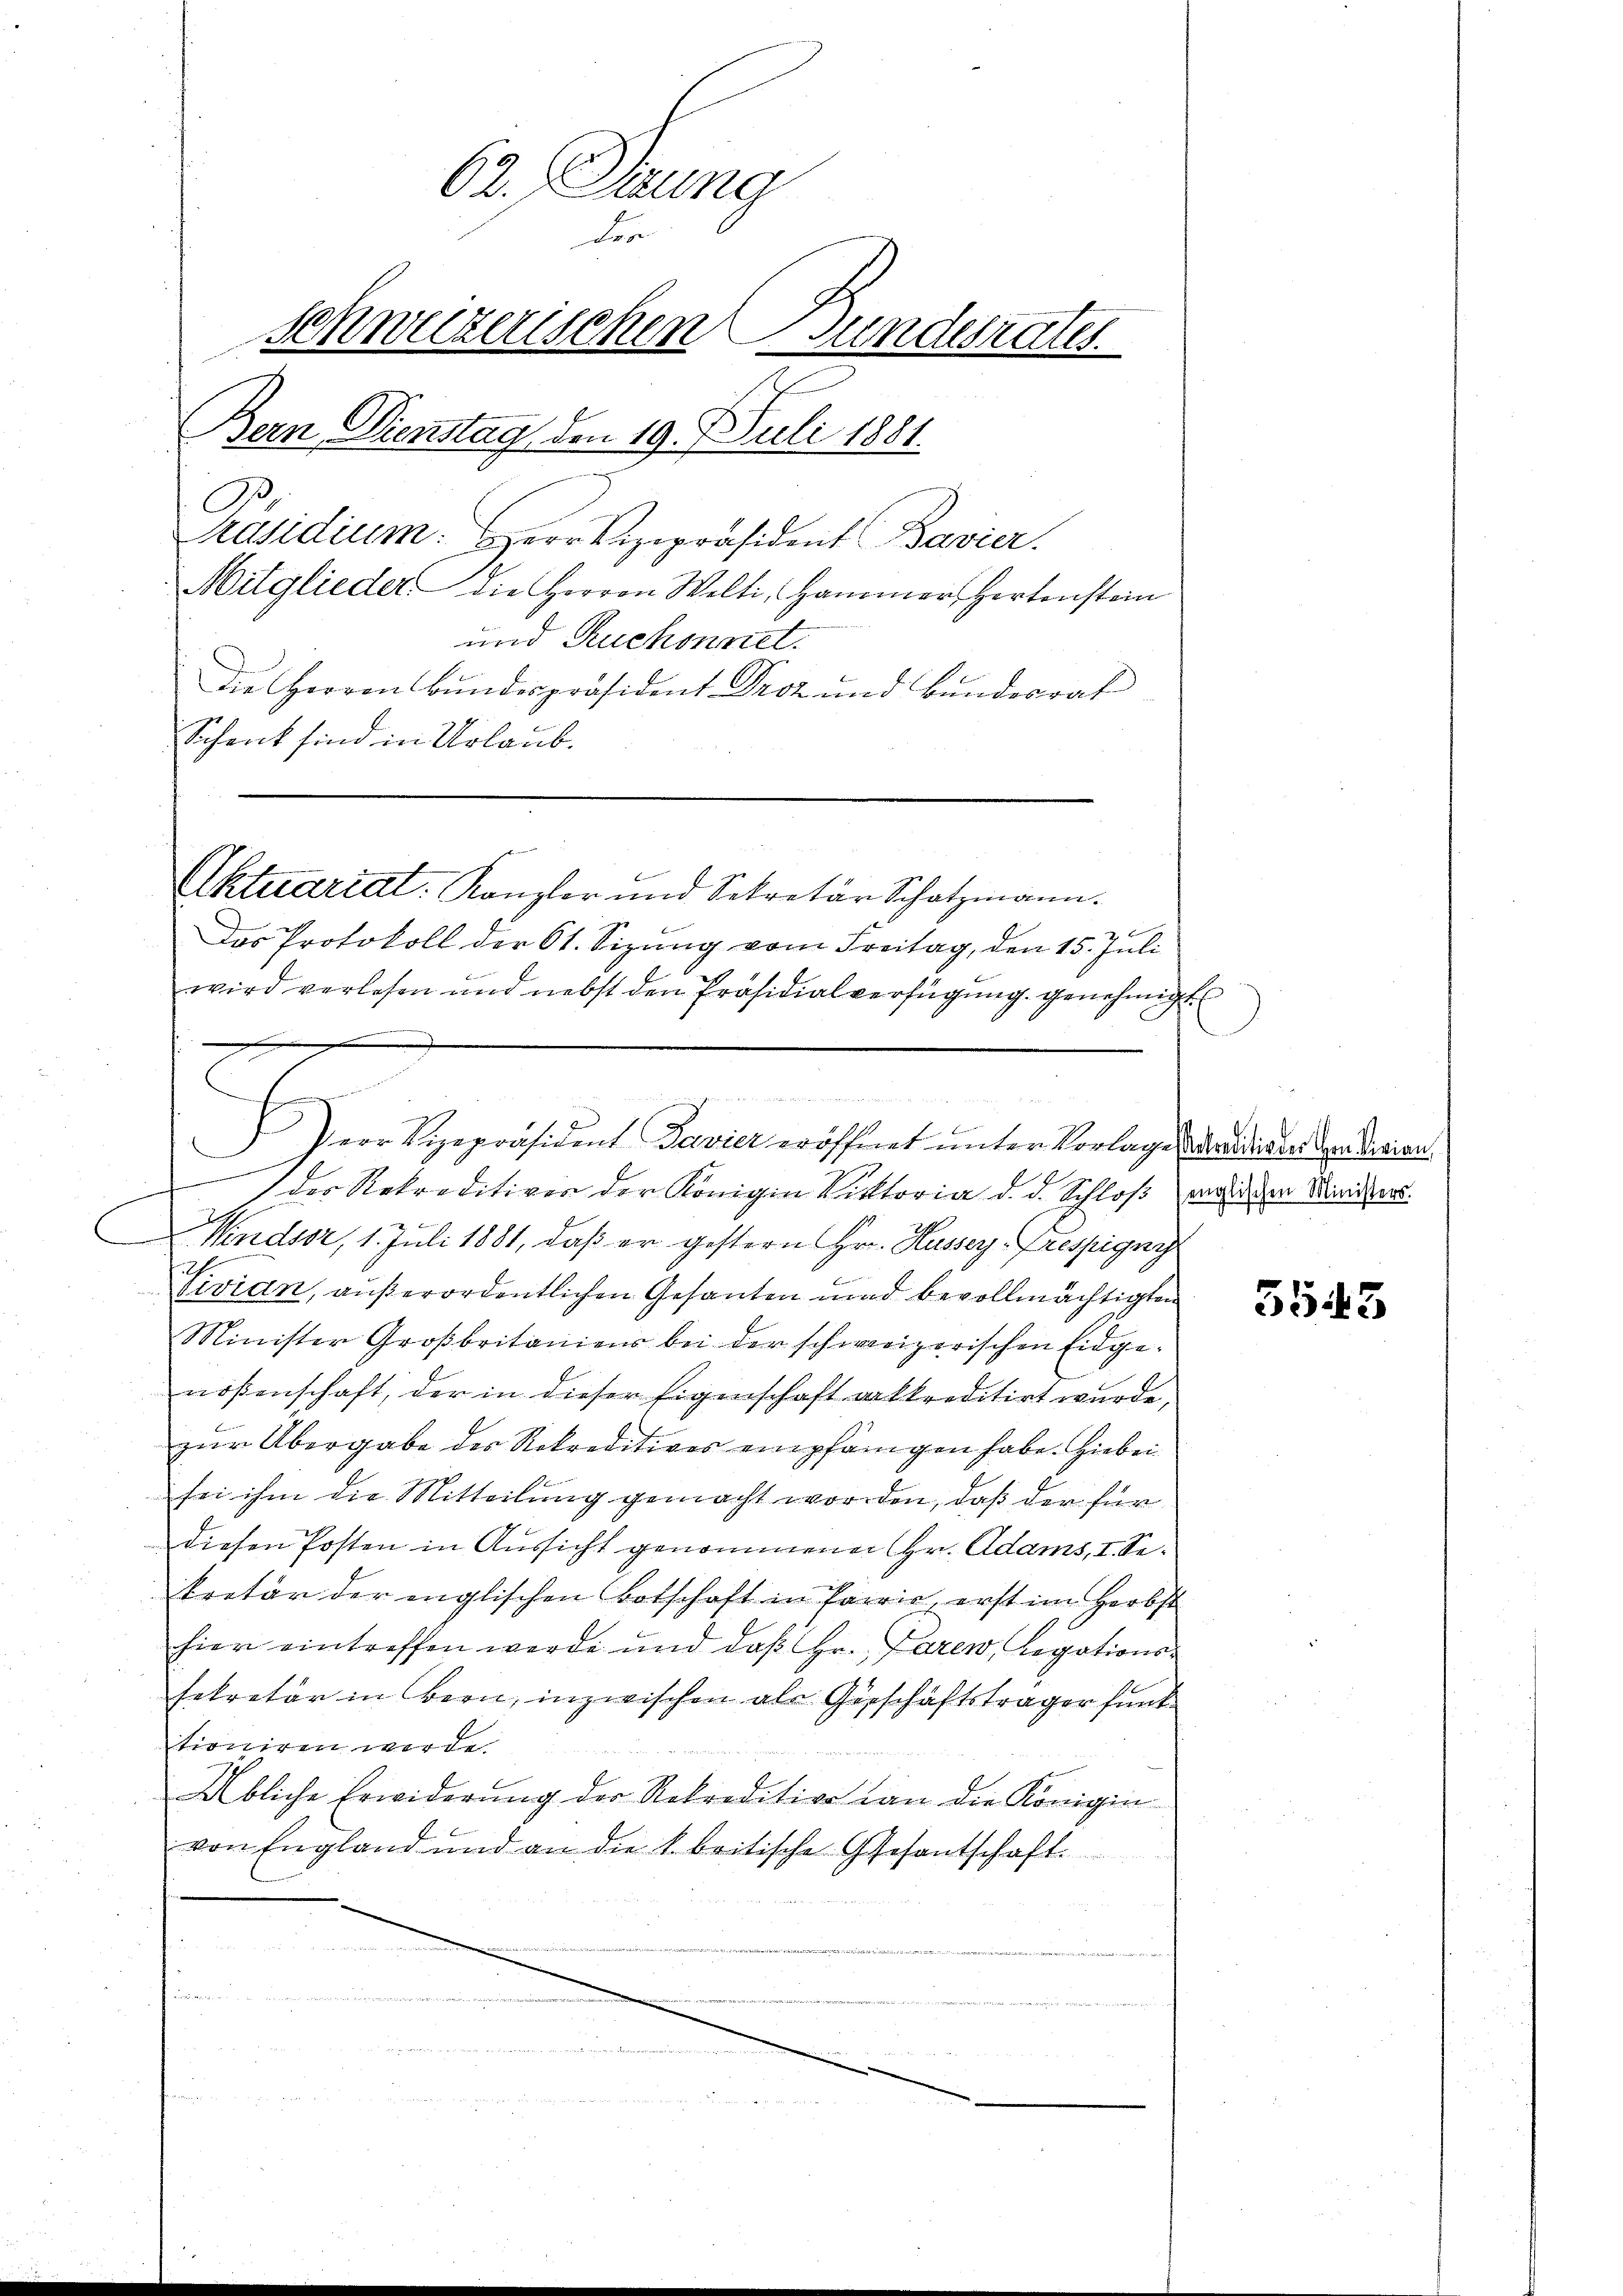
62. Mitung
der
schweizerischen Bunderate
Bern Dienstag den 19. Juli 1881.
C

Präsidium. Herr Vizepräsident Bavier.
Mitglieder die Horron Welti, Hammer, Hertenstein
und Ruchonnet.
Die Herren Bundespräsident Droz und Bundesrat
Schenk sind in Urlaub.

Das Protokoll der St. Sizung vom Freitag, den 15. Juli
wird verlesen und nebst den Präsidialverfügung genehmigt
.
e
1 der Rekreditiver der Königin Viktoria d. d. Schloß meinden Ministers
Windser, 1. Juli 1881, daß er gestern Hr. Husser Fressigni
Sivian, außerordentlichen Gesanten und bevollmächtigten
Minister Großbritaniens bei der schweizerischen Eidge-
nößenschaft, der in dieser Eigenschaft ankkreditirt wurde,
zur Übergabe der Rekreditives empfangen habe. Hiebei
sei ihm die Mitteilung gemacht worden, daß der für
diesen Posten in Aussicht genommener Hr. Adams, I. Sekretär der englischen Botschaft in Parrie, erst im Herbst
hier eintreffen werde und daß Hr. Paren, Legations-
sekretär in Bern, inzwischen als Geschäftsträger funk
tioniren werde.
Übliche Erwiderŭng der Rekredition van die Königin
von England und an die britische Gesantschaft.
i

Aktuariat. Kanzler und Sekretär Schatzmann.

x
i     2
.
Perr Vizepräsident Davier eröffnet unter Vorlage verdigen dem derien
F

3543